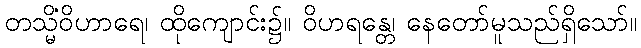
တသ္မိံဝိဟာရေ၊ ထိုကျောင်း၌။ ဝိဟရန္တေ၊ နေတော်မူသည်ရှိသော်။